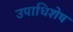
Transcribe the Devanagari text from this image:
उपाधिशेष